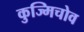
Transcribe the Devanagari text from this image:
कुज्मिचोव